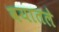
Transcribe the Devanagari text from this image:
वयातले